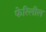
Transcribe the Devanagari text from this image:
फेरिलील